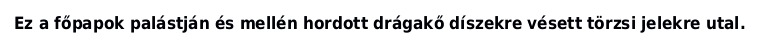
Ez a főpapok palástján és mellén hordott drágakő díszekre vésett törzsi jelekre utal.